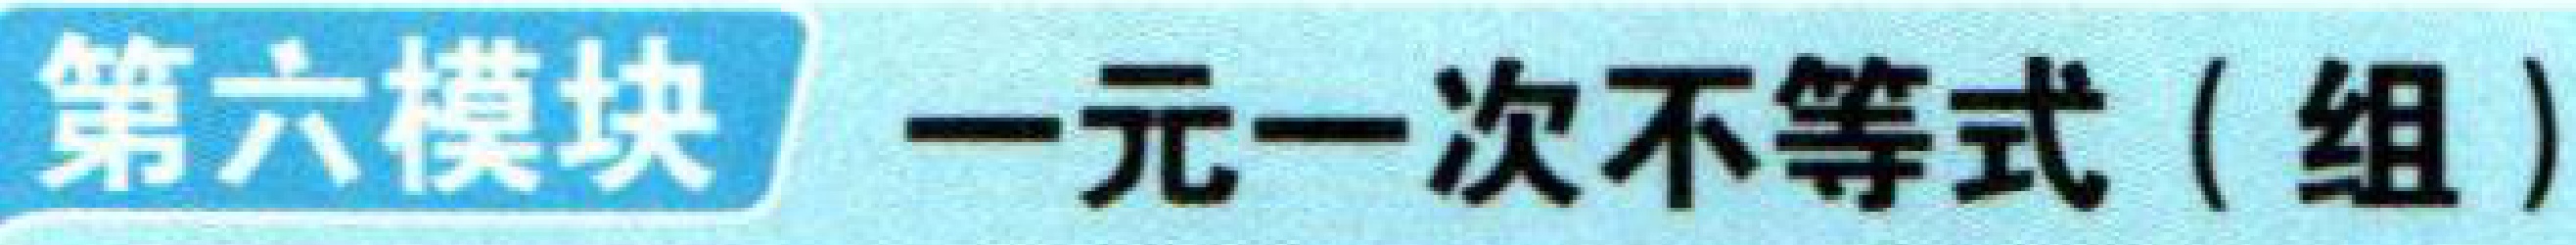
第六模块 一元一次不等式（组）